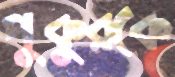
পুকুরকে